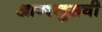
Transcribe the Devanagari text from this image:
आन्श्लुसची